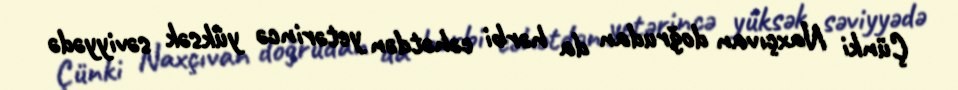
Çünki Naxçıvan doğrudan da hərbi cəhətdən yetərincə yüksək səviyyədə